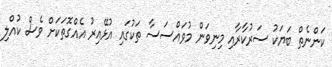
ކަންނެތް ބަޔަކު ސަރުކާރާއި މިނިވަން މުވައްސަސާ ތަކުގައި އުޅޭއިރު އެއްގޮތަކަށް ވެސް ކުއްލި